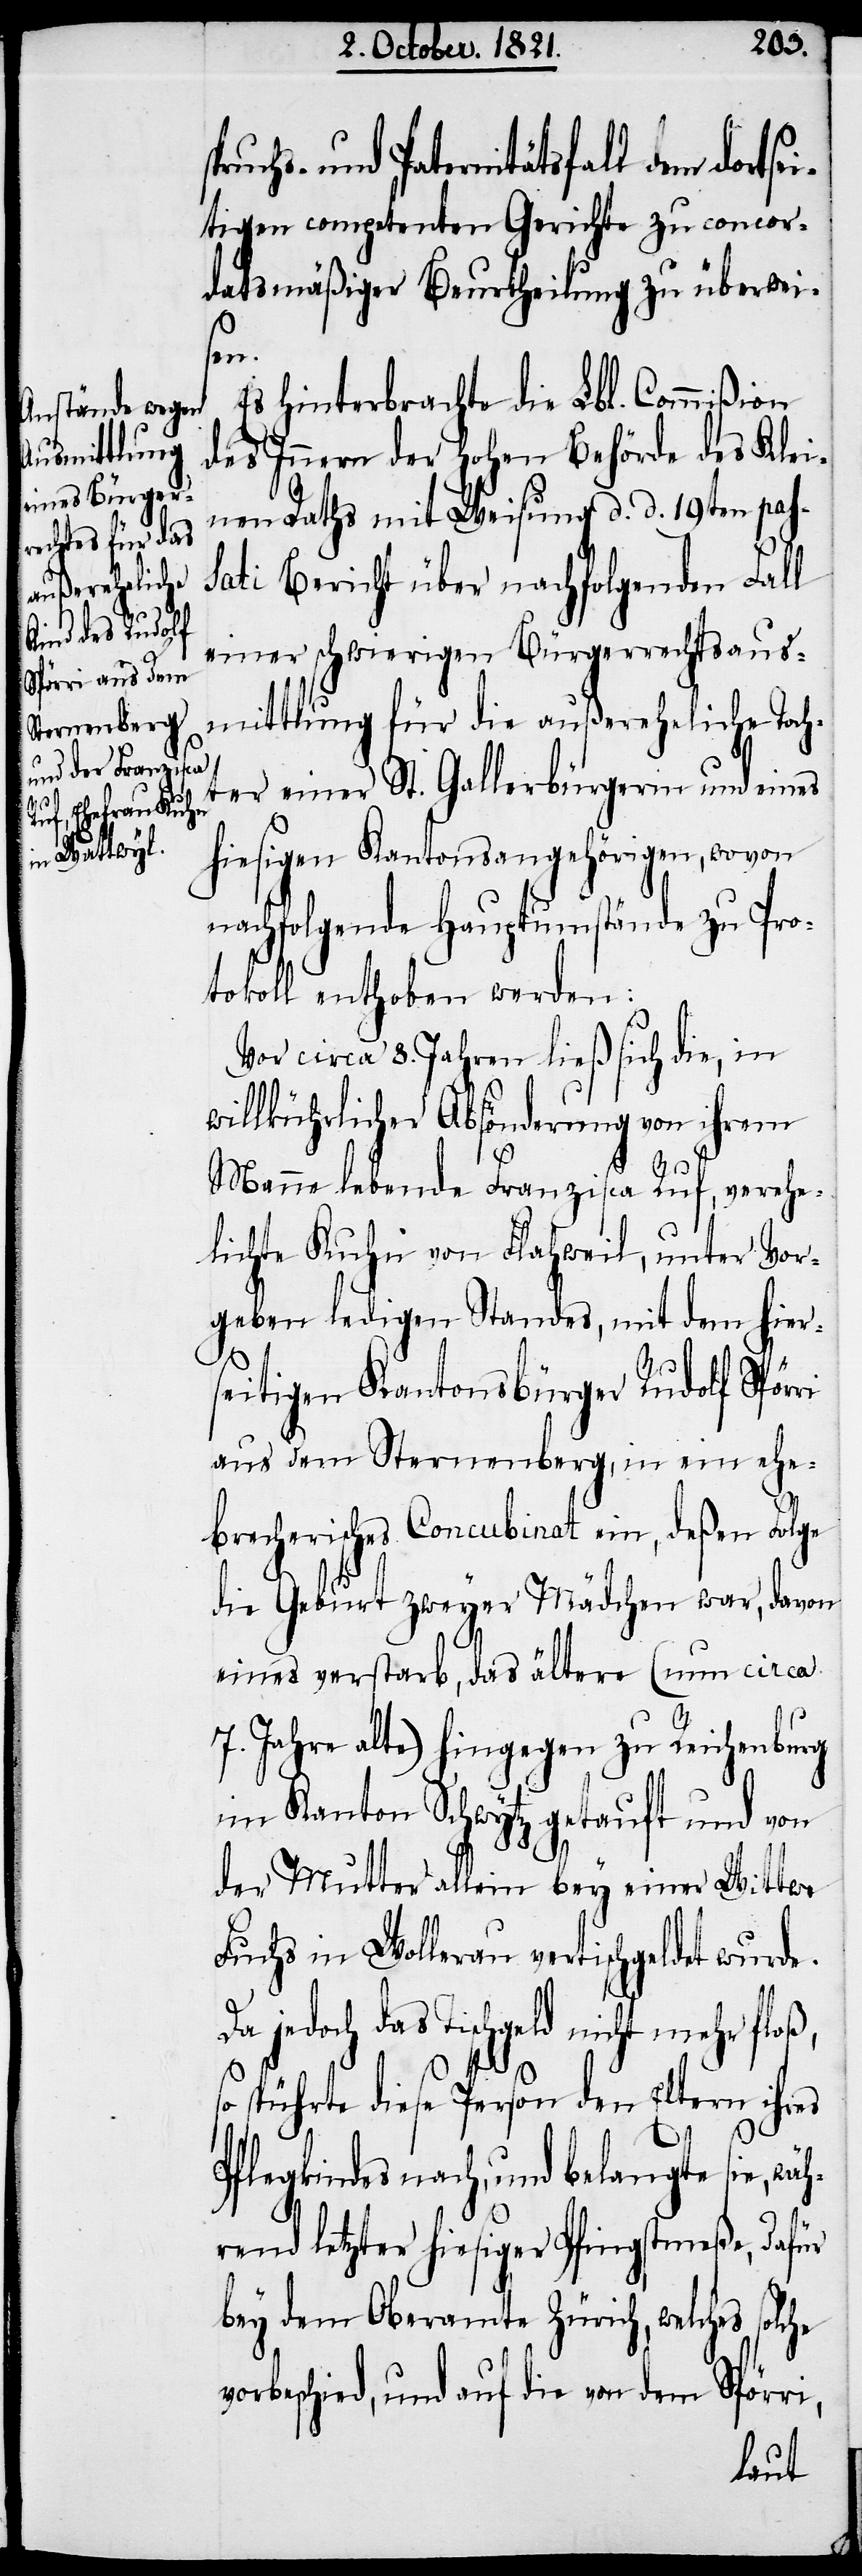
nach, und belangte sie, wäh¬
eitigen competenten Gerichte zu concor¬
datsmäßiger Beurtheilung zu überwei¬
vor¬
Es hinterbrachte die Lbl. Commißion
des Innern der hohen Behörde des Klei¬
nen Raths mit Weisung d. d. 19ten pas¬
sati Bericht über nachfolgenden Fall
einer schwierigen Bürgerrechtsaus¬
mittlung für die außereheliche Toch¬
ter einer St. Gallerbürgerin, wovon
nachfolgende Hauptumstände zu Pro¬
tokoll enthoben werden:
Vor circa 8. Jahren ließ sich die, in
willkührlicher Absonderung von ihrem
i,
Manne lebende Franzisca Ruf, verehe¬
lichte Kuhn von Flahweil, unter Vor¬
geben ledigen Standes, mit dem hiers¬
eitigen Kantonsbürger Rudolf Spör¬
aus dem Sternenberg, in ein ehe¬
brecherisches Concubinat ein, deßen Folge
die Geburt zweyer Mädchen war, davon
eines verstarb, das ältere (um circa
7. Jahre alte) hingegen zu Reichenburg
im Kanton Schwytz getauft und von
der Mutter allein bey einer Wittwe
Fuchs in Wollerau vertischgeldet wurde.
jedoch das Tischgeld nicht mehr floß,
spührte diese Person den Eltern ihres
rend letzter hiesiger Pfingstmeße, dafür
bey dem Oberamte Zürich, welches solc¬
beschied, und auf die von dem Spörr¬